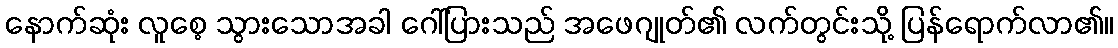
နောက်ဆုံး လူစေ့ သွားသောအခါ ဂေါ်ပြားသည် အဖေဂျုတ်၏ လက်တွင်းသို့ ပြန်ရောက်လာ၏။